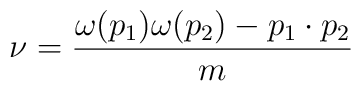
\nu =\frac{\omega (p_{1})\omega (p_{2})-p_{1}\cdot p_{2}}{m}